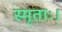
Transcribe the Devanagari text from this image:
स्मृताः।